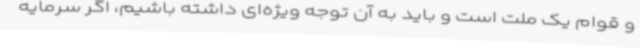
و قوام یک ملت است و باید به آن توجه ویژه‌ای داشته باشیم، اگر سرمایه